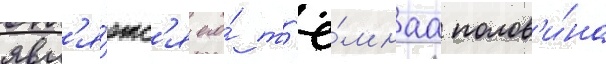
явл'я́етс'я его́ т'ё́мнаа полов'и́на